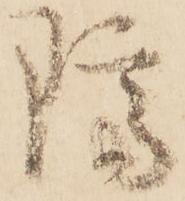
隔